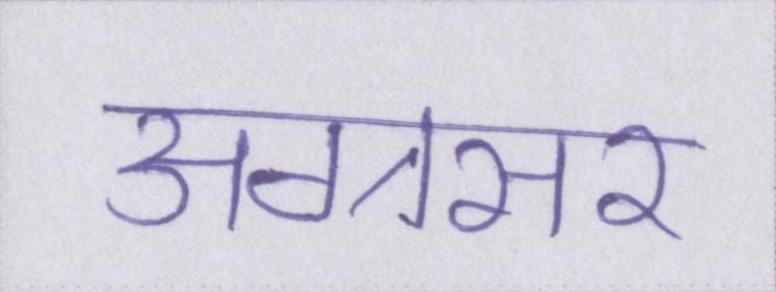
अग्रसर